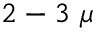
2 - 3 ~ \mu